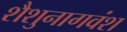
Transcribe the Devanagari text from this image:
शैशुनागवंश